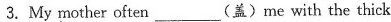
3.My mother often ___ (盖)me with the thick